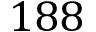
1 8 8